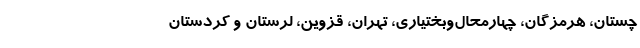
چستان، هرمزگان، چهارمحال‌وبختیاری، تهران، قزوین، لرستان و کردستان